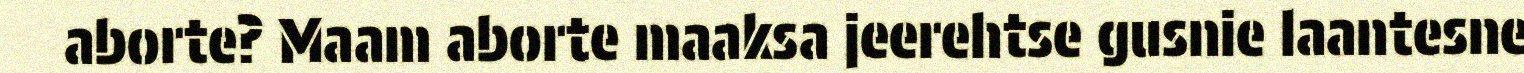
aborte? Maam aborte maaksa jeerehtse gusnie laantesne